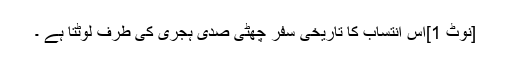
[نوٹ 1]اس انتساب کا تاریخی سفر چھٹی صدی ہجری کی طرف لوٹتا ہے ۔